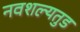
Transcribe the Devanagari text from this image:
नवशल्यतुड